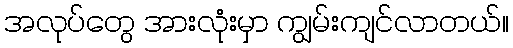
အလုပ်တွေ အားလုံးမှာ ကျွမ်းကျင်လာတယ်။